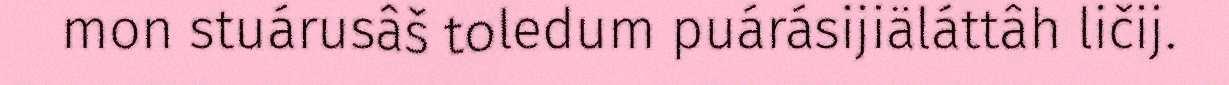
mon stuárusâš toledum puárásijiäláttâh ličij.